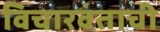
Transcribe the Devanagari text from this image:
विचारवंताची